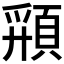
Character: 𩓚